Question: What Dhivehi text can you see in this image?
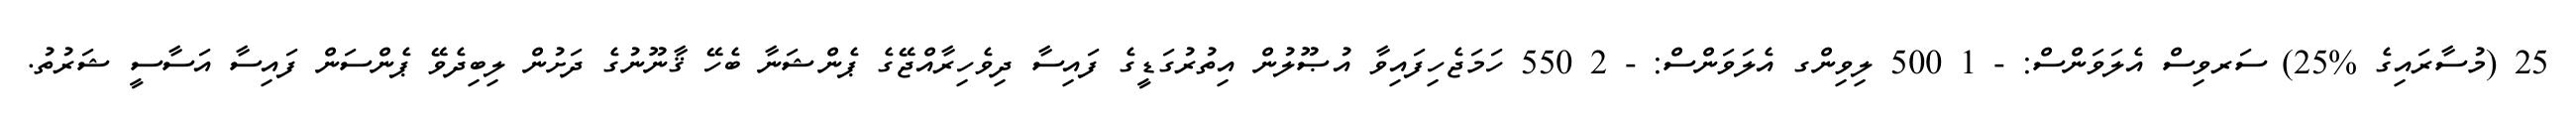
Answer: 25 (މުސާރައިގެ %25) ސަރވިސް އެލަވަންސް: - 1 500 ލިވިންގ އެލަވަންސް: - 2 550 ހަމަޖެހިފައިވާ އުޞޫލުން އިތުރުގަޑީގެ ފައިސާ ދިވެހިރާއްޖޭގެ ޕެންޝަނާ ބެހޭ ޤާނޫނުގެ ދަށުން ލިބިދެވޭ ޕެންސަން ފައިސާ އަސާސީ ޝަރުތު.